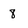
Character: 8